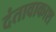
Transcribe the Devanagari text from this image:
दंतावाकाश